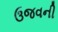
ઉજવની